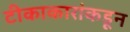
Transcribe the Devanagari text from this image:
टीकाकारांकडून